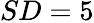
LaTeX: SD=5